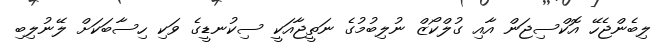
ލިބެންޖެހޭ އޮކްސިޖަން އާއި ގުލްކޯޒް ނުލިބުމުގެ ނަތީޖާއަކީ ސިކުނޑީގެ ވަކި ހިސާބަކަށް ލޭނުލިބި